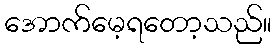
အောက်မေ့ရတော့သည်။